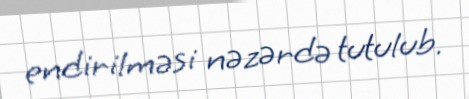
endirilməsi nəzərdə tutulub.